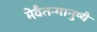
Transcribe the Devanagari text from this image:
मेवैतन्मानुष्यै